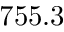
7 5 5 . 3